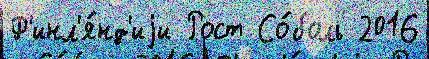
Ф'инл'я́нд'иjи Рост Со́боль 2016